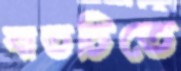
বাতচিতে